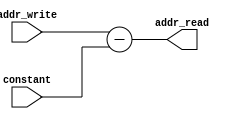
`timescale 1ns / 1ps

module addr_read_counter
    (
        input [18:0] addr_write, 
        input [18:0] constant,
        
        output[18:0] addr_read
    );
    
    assign addr_read = addr_write - constant; 
    
endmodule